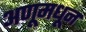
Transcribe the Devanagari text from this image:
अणूमधून